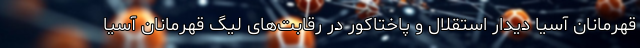
قهرمانان آسیا دیدار استقلال و پاختاکور در رقابت‌های لیگ قهرمانان آسیا